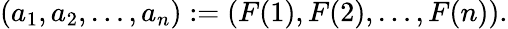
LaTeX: (a_{1},a_{2},\dots,a_{n}):=(F(1),F(2),\dots,F(n)).